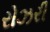
રોઝરી